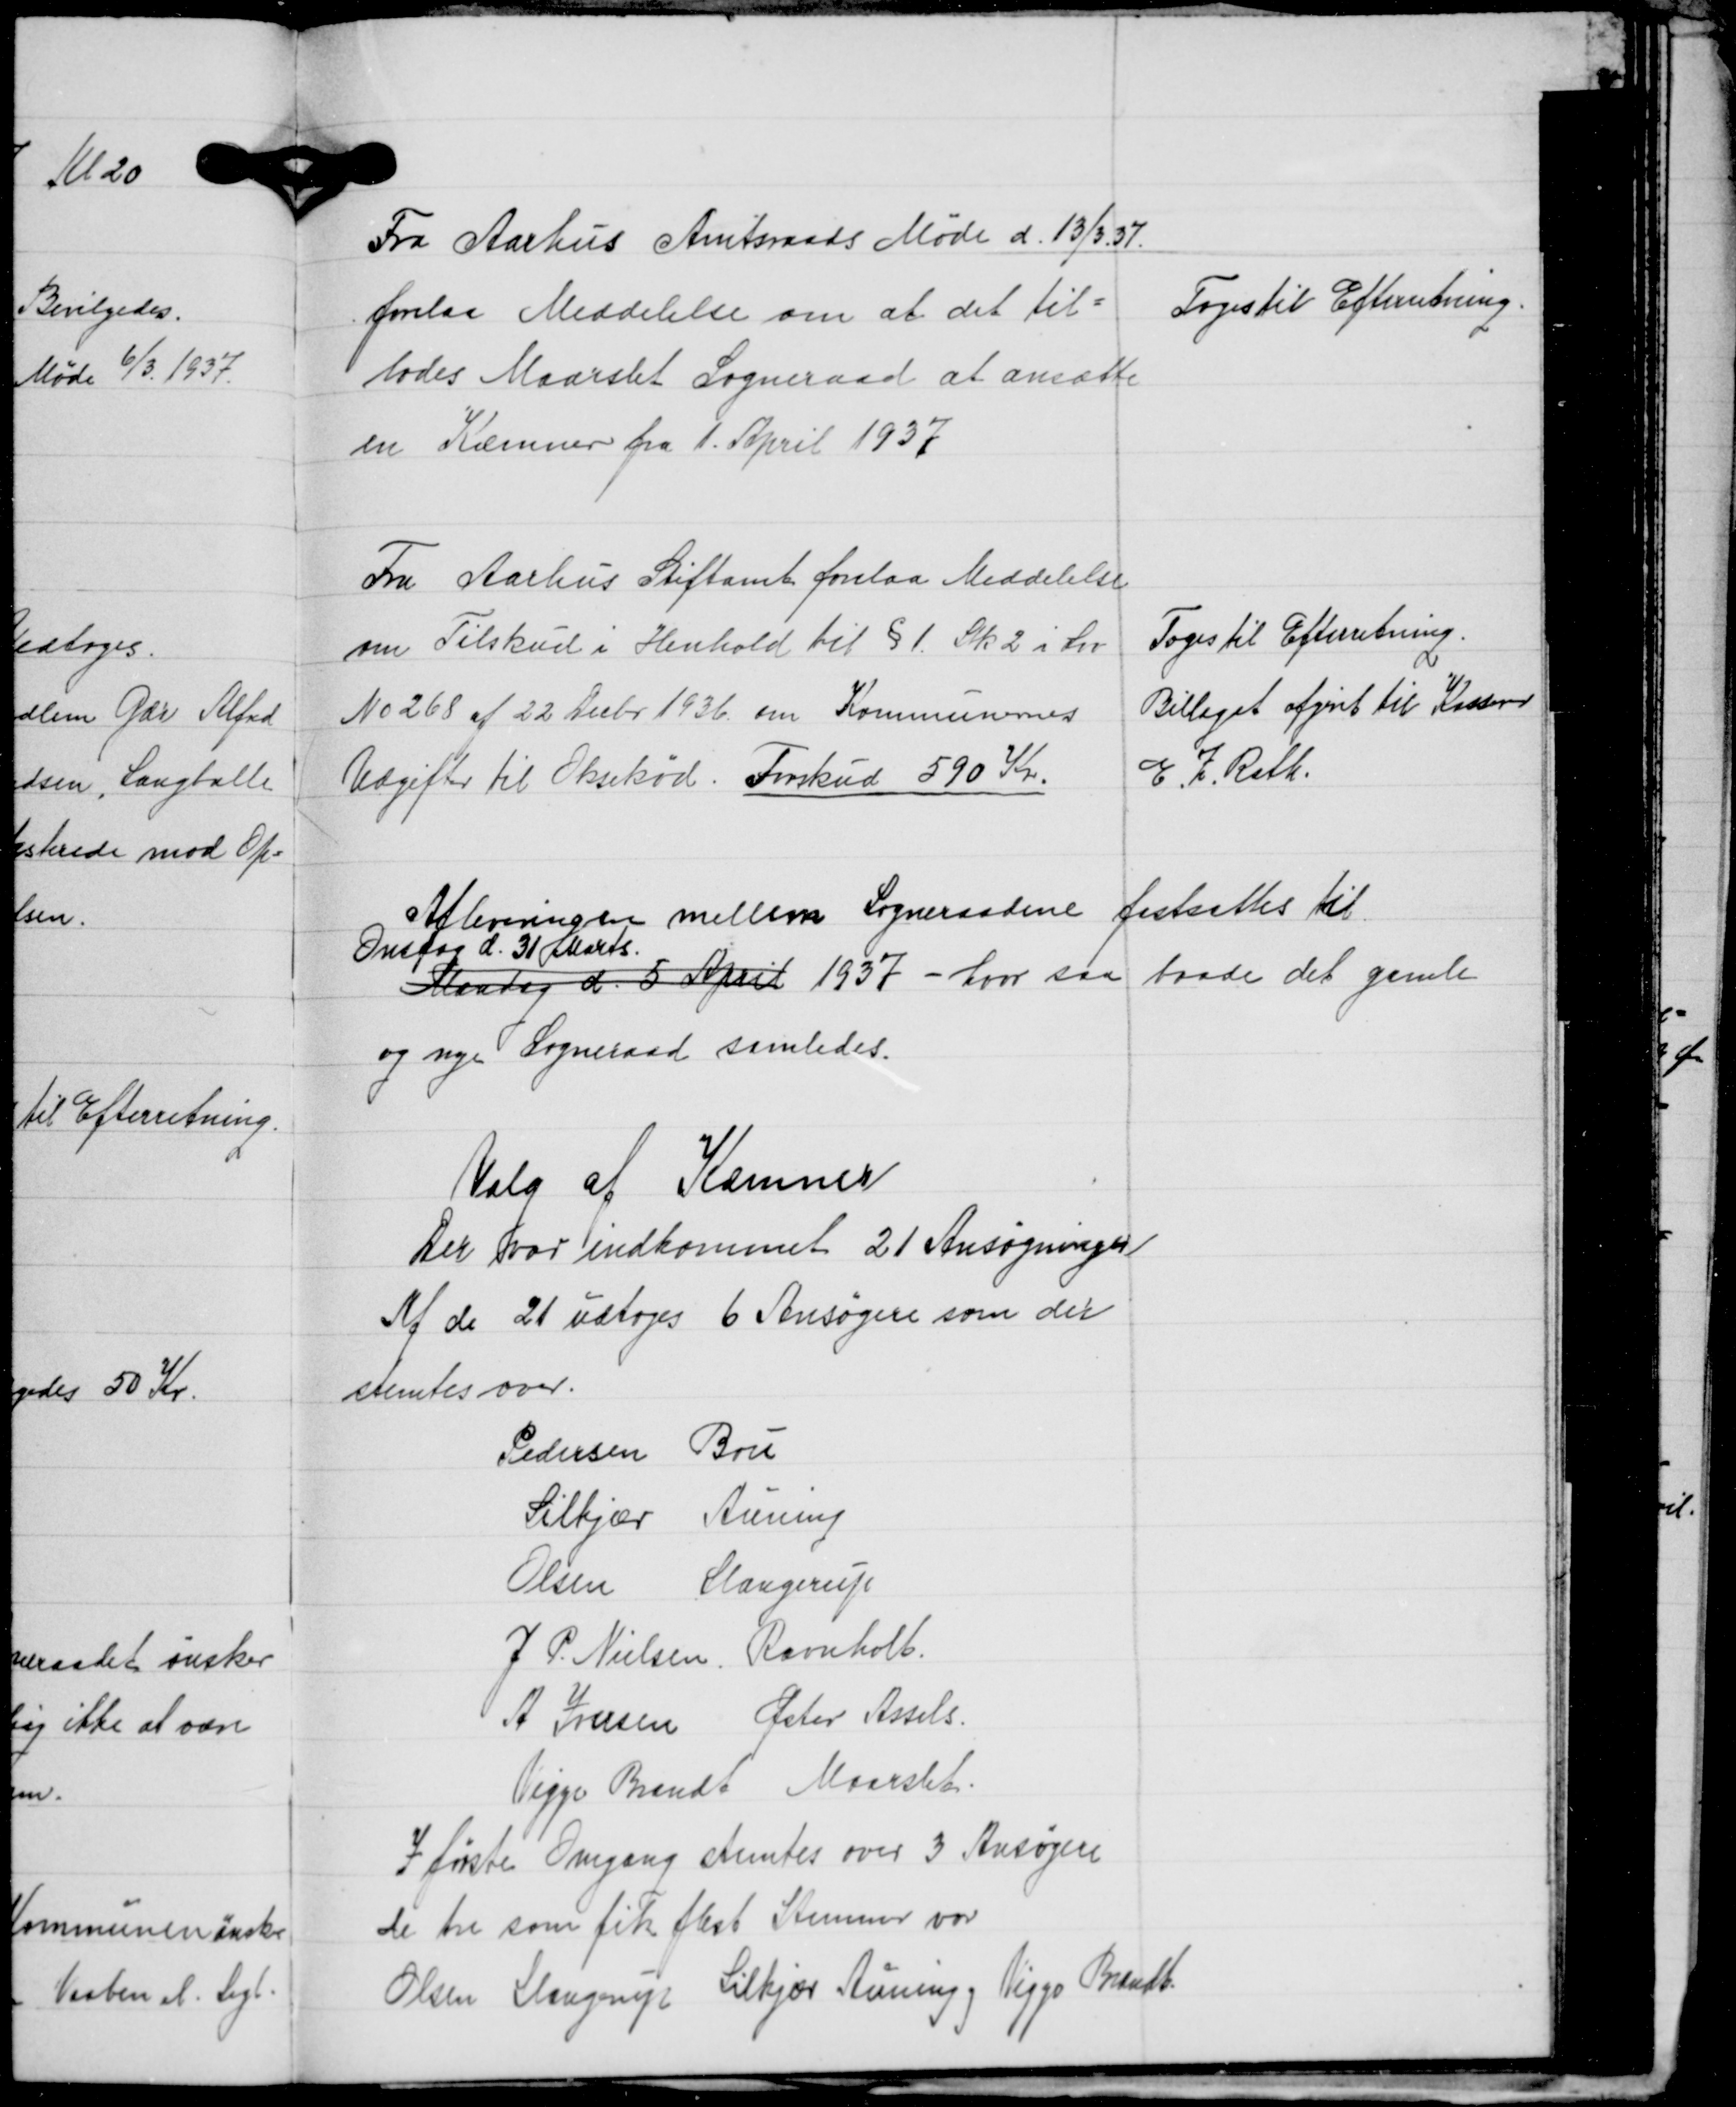
Transskription:
Fra Aarhus Amtsraads Møde d. 13/3 37
forelaa Meddelelse om at det til-
lodes Maarslet Sogneraad at ansætte
en Kæmner fra 1. April 1937

Toges til Efterretning.

Fra Aarhus Stiftamt forelaa Meddelelse
om Tilskud i Henhold til § 1. Stk 2 i Lov
No 268 af 22 Decbr. 1936 om Kommunernes
Udgifter til Oksekød. Forskud 590 Kr.

Toges til Efterretning.
Billaget afgivet til Kasserer
E. Z. Rath.

Afleveringen mellem Sogneraadene fastsættes til
Onsdag d. 31 Marts.
Mandag d. 5 April 1937 - hvor saa baade det gamle
og nye Sogneraad samledes.

Valg af Kæmner
Der var indkommet 21 Ansøgninger
Af de 21 udtoges 6 Ansøgere som der
stemtes over.

Pedersen Bou
Silkjær Auning
Olsen Slangerup
J. P. Nielsen. Ravnholt.
A Jensen Øster Assels.
Viggo Brandt Maarslet.
I første Omgang Stemtes over 3 Ansøgere
de tre som fik flest Stemmer var
Olsen Slangerup Silkjær Auning Viggo Brandt